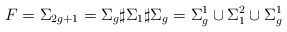
\begin{align*}F = \Sigma_{2g+1} =\Sigma_g \sharp \Sigma_{1} \sharp \Sigma_g= \Sigma_{g}^1 \cup \Sigma_{1}^2 \cup \Sigma_{g}^1 \end{align*}